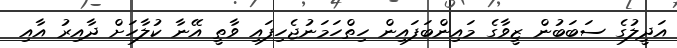
އަދީލުގެ ސަބަބުން ޒީވާގެ މައިންބަފައިން ހިތްހަމަނުޖެހިފައި ވާތީ އޭނާ ކުލާހަށް ދާއިރު އާއި